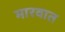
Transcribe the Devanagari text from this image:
मारवात